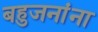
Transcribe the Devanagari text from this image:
बहुजनांना